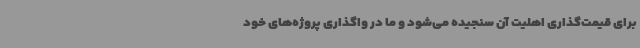
برای قیمت‌گذاری اهلیت آن سنجیده می‌شود و ما در واگذاری پروژه‌های خود